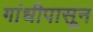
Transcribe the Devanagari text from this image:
गांधीपासून